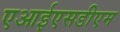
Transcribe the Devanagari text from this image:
एआईएसडीएम